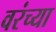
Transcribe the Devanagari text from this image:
वरंच्या